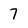
Character: 7